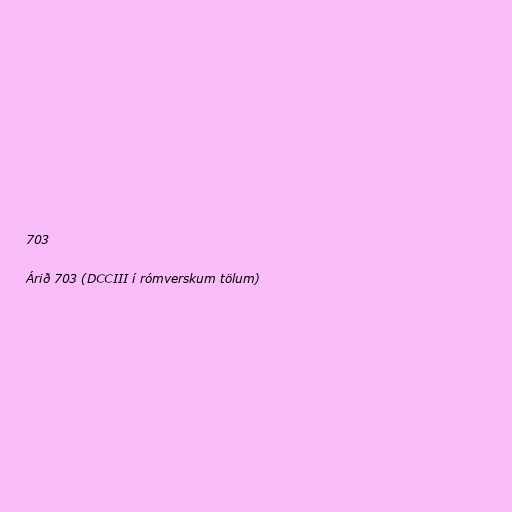
703

Árið 703 (DCCIII í rómverskum tölum)